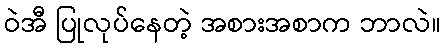
ဝဲအီ ပြုလုပ်နေတဲ့ အစားအစာက ဘာလဲ။